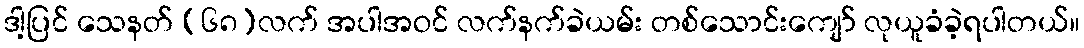
ဒါ့ပြင် သေနတ် (၆၈)လက် အပါအဝင် လက်နက်ခဲယမ်း တစ်သောင်းကျော် လုယူခံခဲ့ရပါတယ်။